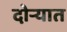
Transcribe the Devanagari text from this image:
दोर्‍यात